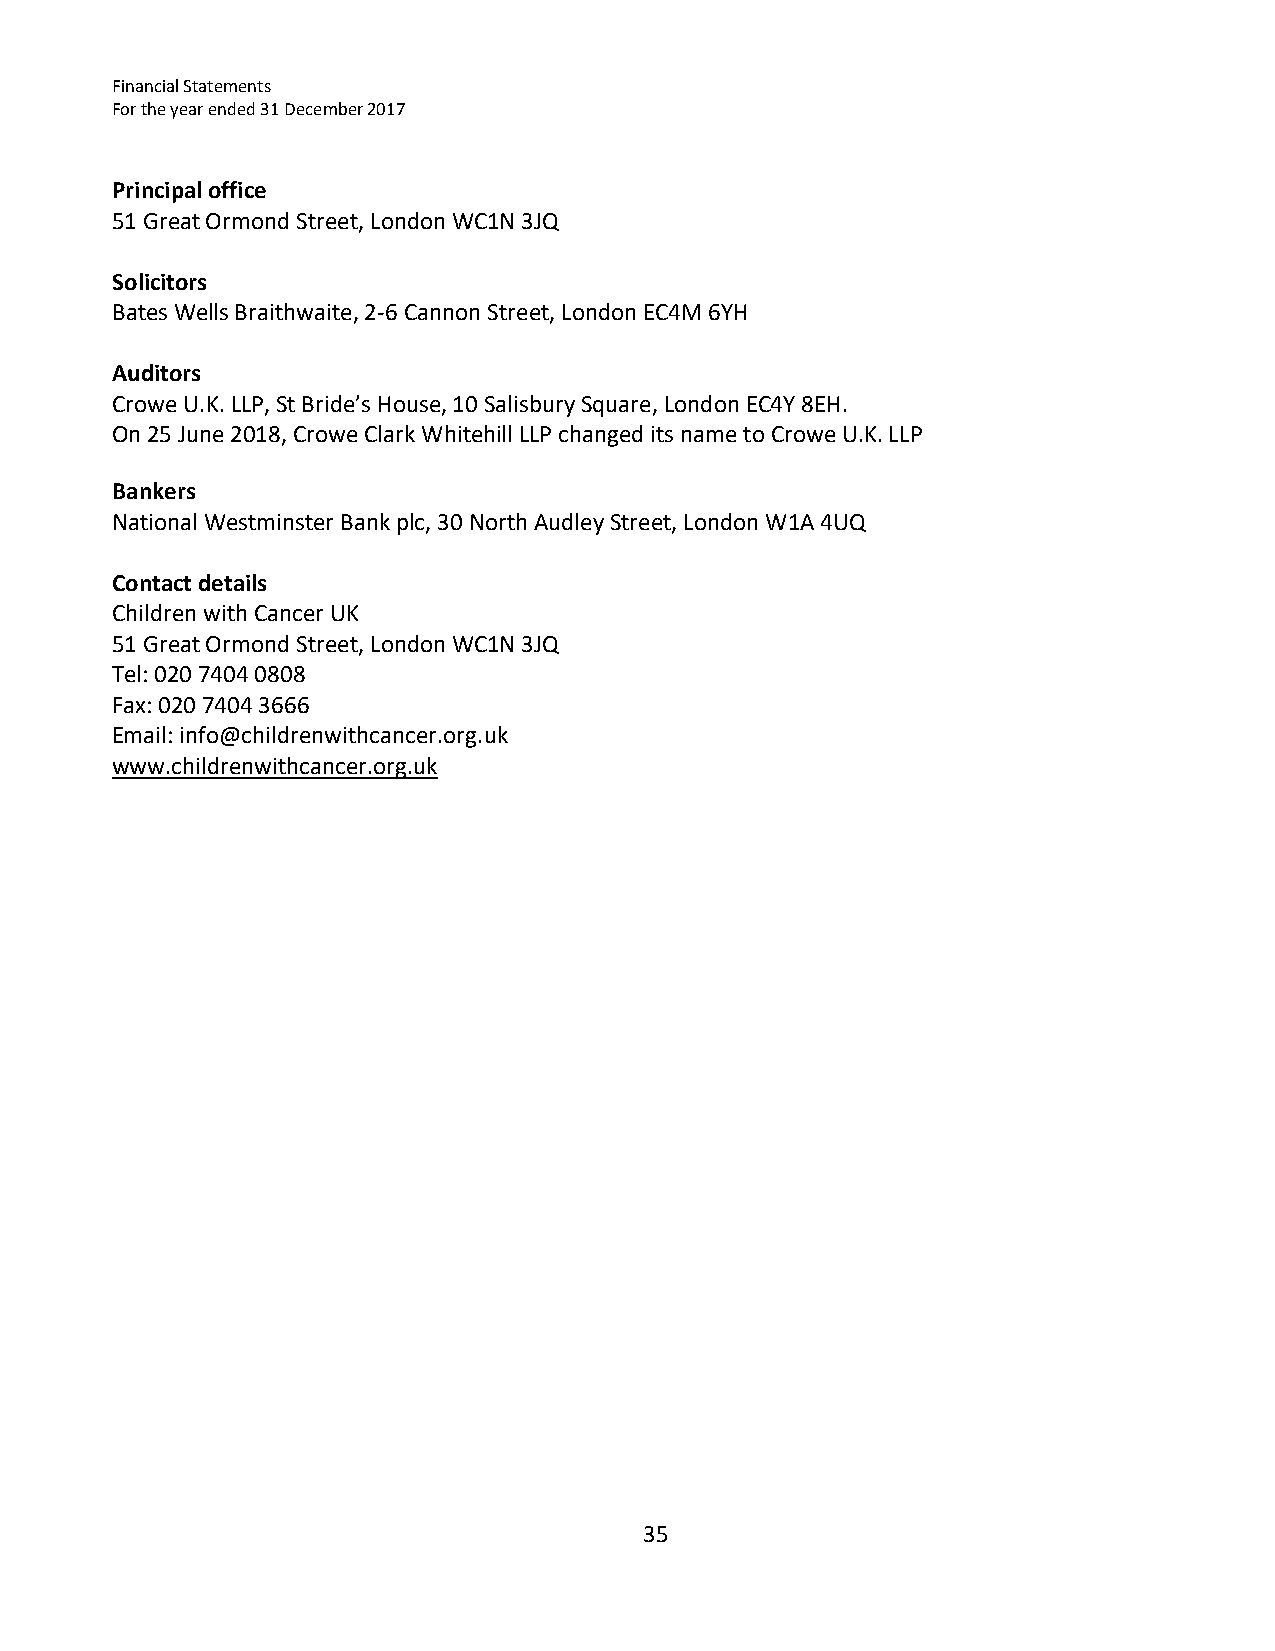
Financial Statements
 For the year ended 31 December 2017
 Principal office
 51 Great Ormond Street, London WC1N 3JQ
 Solicitors
 Bates Wells Braithwaite, 2‐6 Cannon Street, London EC4M 6YH
 Auditors
 Crowe U.K. LLP, St Bride’s House, 10 Salisbury Square, London EC4Y 8EH.
 On 25 June 2018, Crowe Clark Whitehill LLP changed its name to Crowe U.K. LLP
 Bankers
 National Westminster Bank plc, 30 North Audley Street, London W1A 4UQ
 Contact details
 Children with Cancer UK
 51 Great Ormond Street, London WC1N 3JQ
 Tel: 020 7404 0808
 Fax: 020 7404 3666
 Email: info@childrenwithcancer.org.uk
 www.childrenwithcancer.org.uk
 35